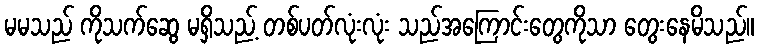
မမသည် ကိုသက်ဆွေ မရှိသည့် တစ်ပတ်လုံးလုံး သည်အကြောင်းတွေကိုသာ တွေးနေမိသည်။